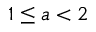
1 \le a < 2